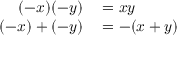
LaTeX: \begin{array} { r l } { ( - x ) ( - y ) } & { { } = x y } \\ { ( - x ) + ( - y ) } & { { } = - ( x + y ) } \end{array}